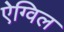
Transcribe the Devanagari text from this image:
ऐग्विल